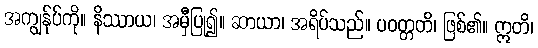
အကျွန်ုပ်ကို။ နိဿာယ၊ အမှီပြု၍။ ဆာယာ၊ အရိပ်သည်။ ပဝတ္တတိ၊ ဖြစ်၏။ ဣတိ၊